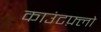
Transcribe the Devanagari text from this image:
काउंटफ़्लो